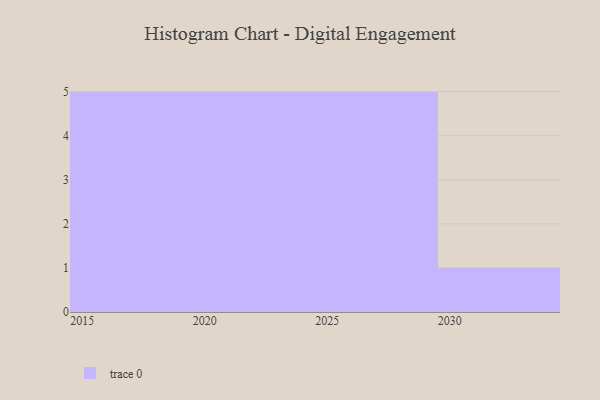
{"axis": {"x": "Year", "y": "Demand Index"}, "legend": [""], "data": [{"x": "2015", "y": 97, "type": ""}, {"x": "2027", "y": 10, "type": ""}, {"x": "2030", "y": 39, "type": ""}, {"x": "2026", "y": 71, "type": ""}, {"x": "2023", "y": 83, "type": ""}, {"x": "2016", "y": 41, "type": ""}, {"x": "2020", "y": 56, "type": ""}, {"x": "2018", "y": 73, "type": ""}, {"x": "2029", "y": 97, "type": ""}, {"x": "2021", "y": 88, "type": ""}, {"x": "2022", "y": 22, "type": ""}, {"x": "2024", "y": 63, "type": ""}, {"x": "2028", "y": 76, "type": ""}, {"x": "2025", "y": 32, "type": ""}, {"x": "2019", "y": 14, "type": ""}, {"x": "2017", "y": 85, "type": ""}]}